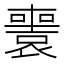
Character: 𡃟